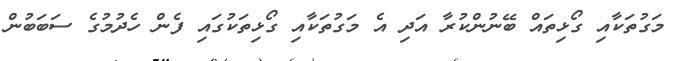
މަގުތަކާއި ގޯޅިތައް ބޭނުންކުރާ އަދި އެ މަގުތަކާއި ގޯޅިތަކުގައި ފެން ހެދުމުގެ ސަބަބުން